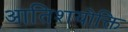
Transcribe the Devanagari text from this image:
आतिशयोक्ति